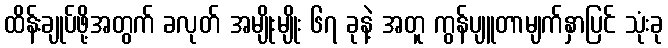
ထိန်းချုပ်ဖို့အတွက် ခလုတ် အမျိုးမျိုး ၆၇ ခုနဲ့ အတူ ကွန်ပျူတာမျက်နှာပြင် သုံးခု